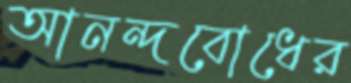
আনন্দবোধের